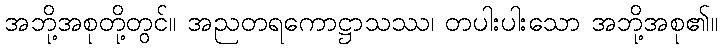
အဘို့အစုတို့တွင်။ အညတရကောဋ္ဌာသဿ၊ တပါးပါးသော အဘို့အစု၏။